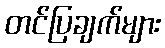
တင်ပြချက်များ